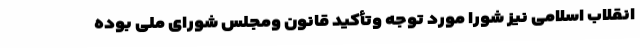
انقلاب اسلامی نیز شورا مورد توجه وتأکید قانون ومجلس شورای ملّی بوده